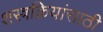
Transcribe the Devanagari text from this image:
शस्त्रक्रियांसाठी